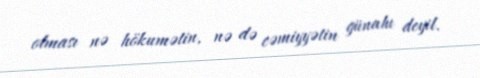
olması nə hökumətin, nə də cəmiyyətin günahı deyil.